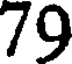
79